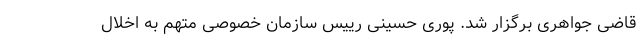
قاضی جواهری برگزار شد. پوری حسینی رییس سازمان خصوصی متهم به اخلال